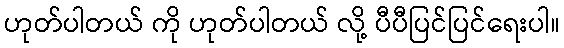
ဟုတ်ပါတယ် ကို ဟုတ်ပါတယ် လို့ ပီပီပြင်ပြင်ရေးပါ။